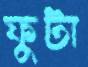
ফুটা